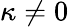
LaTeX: \kappa\ne 0